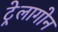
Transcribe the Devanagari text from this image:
ट्रेलागोन